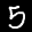
Label: 5